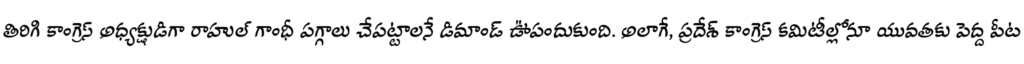
తిరిగి కాంగ్రెస్ అధ్యక్షుడిగా రాహుల్ గాంధీ పగ్గాలు చేపట్టాలనే డిమాండ్ ఊపందుకుంది. అలాగే, ప్రదేశ్ కాంగ్రెస్ కమిటీల్లోనూ యువతకు పెద్ద పీట